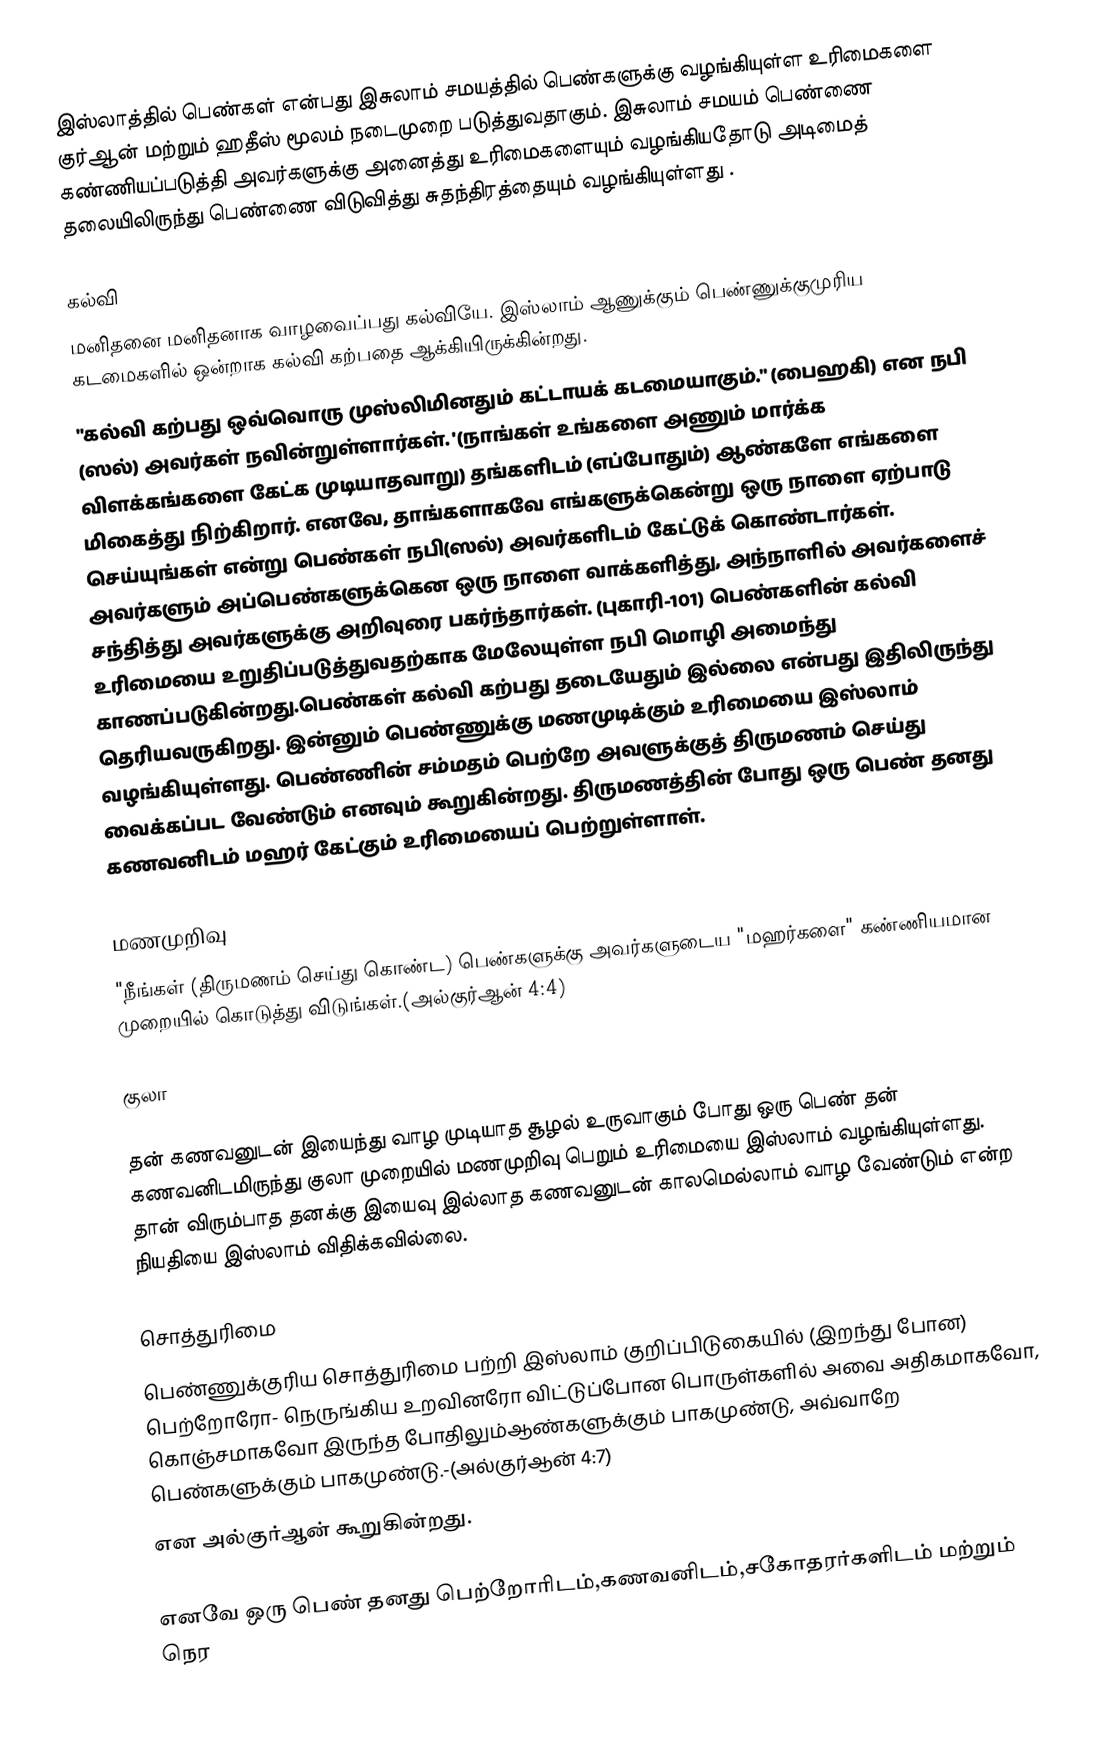
இஸ்லாத்தில் பெண்கள் என்பது இசுலாம் சமயத்தில் பெண்களுக்கு வழங்கியுள்ள உரிமைகளை குர்ஆன் மற்றும் ஹதீஸ் மூலம் நடைமுறை படுத்துவதாகும். இசுலாம் சமயம் பெண்ணை கண்ணியப்படுத்தி அவர்களுக்கு அனைத்து உரிமைகளையும் வழங்கியதோடு அடிமைத் தலையிலிருந்து பெண்ணை விடுவித்து சுதந்திரத்தையும் வழங்கியுள்ளது .

கல்வி
மனிதனை மனிதனாக வாழவைப்பது கல்வியே. இஸ்லாம் ஆணுக்கும் பெண்ணுக்குமுரிய கடமைகளில் ஒன்றாக கல்வி கற்பதை ஆக்கியிருக்கின்றது.
"கல்வி கற்பது ஒவ்வொரு முஸ்லிமினதும் கட்டாயக் கடமையாகும்." (பைஹகி) என நபி (ஸல்) அவர்கள் நவின்றுள்ளார்கள். '(நாங்கள் உங்களை அணும் மார்க்க விளக்கங்களை கேட்க முடியாதவாறு) தங்களிடம் (எப்போதும்) ஆண்களே எங்களை மிகைத்து நிற்கிறார். எனவே, தாங்களாகவே எங்களுக்கென்று ஒரு நாளை ஏற்பாடு செய்யுங்கள் என்று பெண்கள் நபி(ஸல்) அவர்களிடம் கேட்டுக் கொண்டார்கள். அவர்களும் அப்பெண்களுக்கென ஒரு நாளை வாக்களித்து, அந்நாளில் அவர்களைச் சந்தித்து அவர்களுக்கு அறிவுரை பகர்ந்தார்கள். (புகாரி-101) பெண்களின் கல்வி உரிமையை உறுதிப்படுத்துவதற்காக மேலேயுள்ள நபி மொழி அமைந்து காணப்படுகின்றது.பெண்கள் கல்வி கற்பது தடையேதும் இல்லை என்பது இதிலிருந்து தெரியவருகிறது. இன்னும் பெண்ணுக்கு மணமுடிக்கும் உரிமையை இஸ்லாம் வழங்கியுள்ளது. பெண்ணின் சம்மதம் பெற்றே அவளுக்குத் திருமணம் செய்து வைக்கப்பட வேண்டும் எனவும் கூறுகின்றது. திருமணத்தின் போது ஒரு பெண் தனது கணவனிடம் மஹர் கேட்கும் உரிமையைப் பெற்றுள்ளாள்.

மணமுறிவு
"நீங்கள் (திருமணம் செய்து கொண்ட) பெண்களுக்கு அவர்களுடைய "மஹர்களை" கண்ணியமான முறையில் கொடுத்து விடுங்கள்.(அல்குர்ஆன் 4:4)

குலா

தன் கணவனுடன் இயைந்து வாழ முடியாத சூழல் உருவாகும் போது ஒரு பெண் தன் கணவனிடமிருந்து குலா முறையில் மணமுறிவு பெறும் உரிமையை இஸ்லாம் வழங்கியுள்ளது. தான் விரும்பாத தனக்கு இயைவு இல்லாத கணவனுடன் காலமெல்லாம் வாழ வேண்டும் என்ற நியதியை இஸ்லாம் விதிக்கவில்லை.

சொத்துரிமை
பெண்ணுக்குரிய சொத்துரிமை பற்றி இஸ்லாம் குறிப்பிடுகையில் (இறந்து போன) பெற்றோரோ- நெருங்கிய உறவினரோ விட்டுப்போன பொருள்களில் அவை அதிகமாகவோ, கொஞ்சமாகவோ இருந்த போதிலும்ஆண்களுக்கும் பாகமுண்டு, அவ்வாறே பெண்களுக்கும் பாகமுண்டு.-(அல்குர்ஆன் 4:7)
என அல்குர்ஆன் கூறுகின்றது.

எனவே ஒரு பெண் தனது பெற்றோரிடம்,கணவனிடம்,சகோதரர்களிடம் மற்றும் நெர